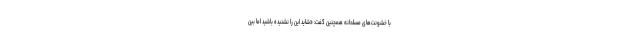
با خشونت‌های مسلحانه همچنین گفت: «شاید این را نشنیده باشید اما بین